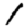
Digit: 1